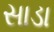
સાડા